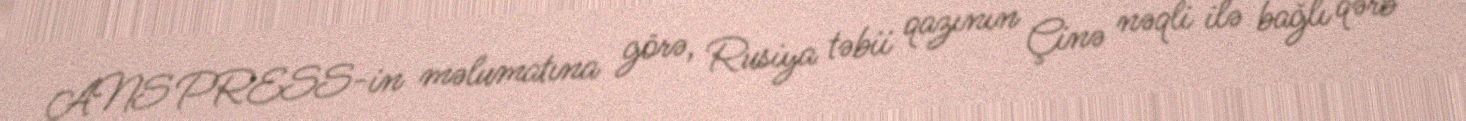
ANS PRESS-in məlumatına görə, Rusiya təbii qazının Çinə nəqli ilə bağlı qərb